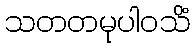
သတတမုပါဝသိံ